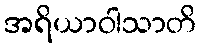
အရိယာဝါသာတိ